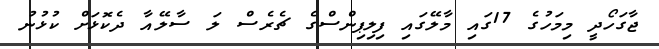
ޖާގަހޯދީ މިމަހުގެ 17ގައި މާލޭގައި ފިލިޕިންސްގެ ޗެރެސް ލަ ސާލޭއާ ދެކޮޅަށް ކުޅުނު